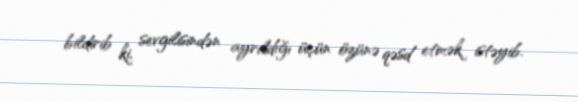
bildirib ki, sevgilisindən ayrıldığı üçün özünə qəsd etmək istəyib.